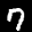
Label: 7